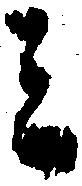
ミ